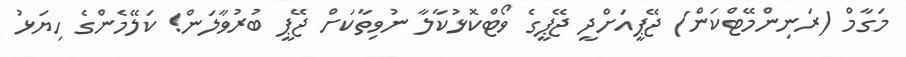
މަގާމް (ރަނިންމޭޓްކަން) ޖޭޕީއަށްދީ ޖޭޕީގެ ވޯޓްކޮޅުކާލާ ނުވިތާކަށް ޖޭޕީ ބުރުވާލަން! ކަލޭމެންގެ ހިޔަޅު